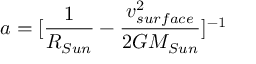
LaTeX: a = \lbrack \frac { 1 } { R _ { S u n } } - \frac { v _ { s u r f a c e } ^ { 2 } } { 2 G M _ { S u n } } \rbrack ^ { - 1 }